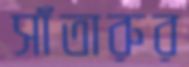
সাঁতারুর